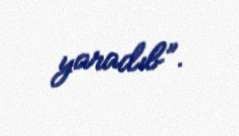
yaradıb”.